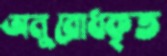
অনুরোধকৃত